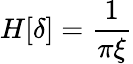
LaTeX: H[\delta]=\frac{1}{\pi\xi}